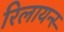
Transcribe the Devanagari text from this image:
रिलायन्स्‍